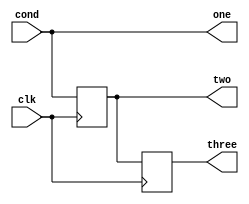
// This program was cloned from: https://github.com/apuder/TRS-IO
// License: GNU General Public License v3.0

`timescale 1ns / 1ps

module trigger(
  input clk,
  input cond,
  output one,
  output reg two,
  output reg three);

assign one = cond;

always @(posedge clk) begin
  two <= one;
  three <= two;
end

endmodule